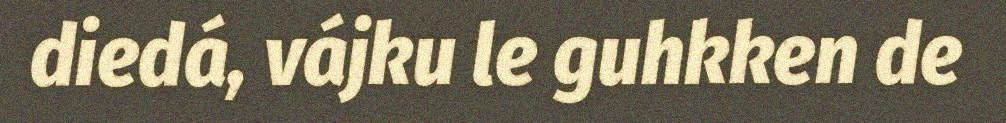
diedá, vájku le guhkken de